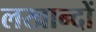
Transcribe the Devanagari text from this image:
लखान्दों